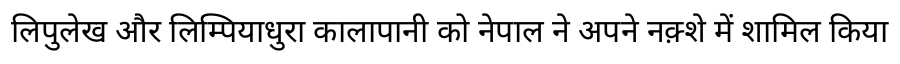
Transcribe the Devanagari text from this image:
लिपुलेख और लिम्पियाधुरा कालापानी को नेपाल ने अपने नक़्शे में शामिल किया